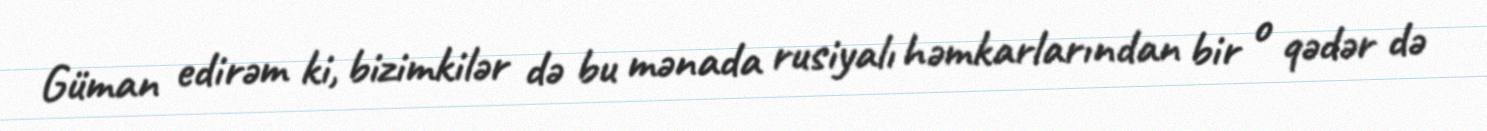
Güman edirəm ki, bizimkilər də bu mənada rusiyalı həmkarlarından bir o qədər də